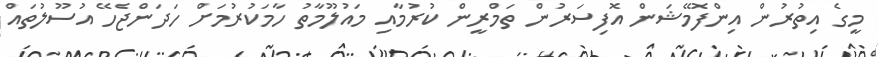
މީގެ އިތުރުން އިންފޮމޭޝަން އޮފިސަރުން ތަމްރީން ކުރުމާއި މައުލޫމާތު ހާމަކުރުމަށް ހަދަންޖެހޭ އުސޫލުތައް